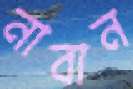
নাবান